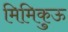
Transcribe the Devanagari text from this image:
मिमिकुऊ